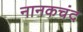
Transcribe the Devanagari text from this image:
नानकचंद